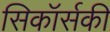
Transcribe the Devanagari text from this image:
सिकॉर्सकी